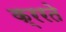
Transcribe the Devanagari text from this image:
क्ररते